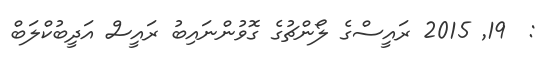
:  19